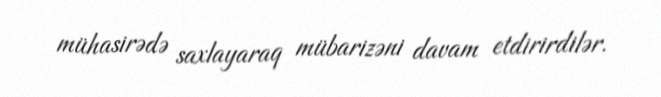
mühasirədə saxlayaraq mübarizəni davam etdirirdilər.